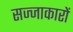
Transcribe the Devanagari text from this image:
सज्जाकारों